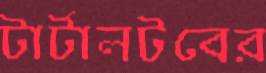
টার্টালটবের